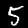
Digit: 5